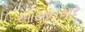
આયાતકાર